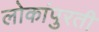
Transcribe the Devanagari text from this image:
लोकांपुरती